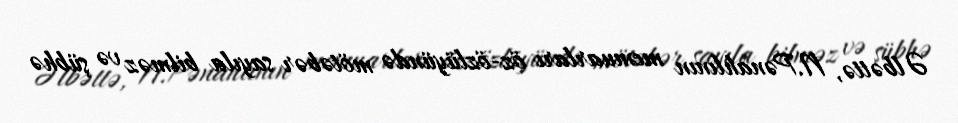
Əlbəttə, N.Pənahlının memuarları öz-özlüyündə mötəbər sayıla bilməz və şübhə